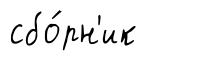
сбо́рн'ик